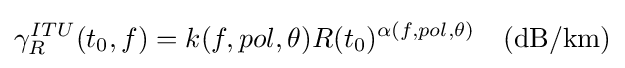
\gamma _{R}^{ITU}(t_{0},f)=k(f,pol,\theta )R(t_{0})^{\alpha (f,pol,\theta )}\quad {\text{(dB/km)}}